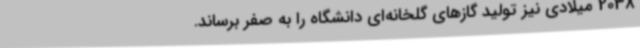
2038 میلادی نیز تولید گازهای گلخانه‌ای دانشگاه را به صفر برساند.